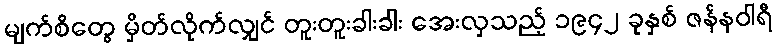
မျက်စိတွေ မှိတ်လိုက်လျှင် တူးတူးခါးခါး အေးလှသည့် ၁၉၄၂ ခုနှစ် ဇန်နဝါရီ